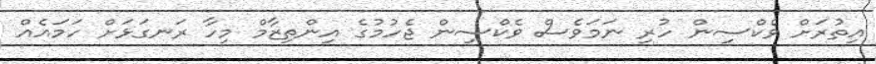
އިތުރަށް ވެކްސިން ހުރި ނަމަވެސް ވެކްސިން ޖެހުމުގެ އިންތިޒާމް މިހާ ރަނގަޅަށް ހަމައެއް